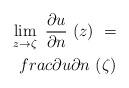
LaTeX: \begin{align*} \lim\limits_{z\to\zeta}\ \frac{\partial u}{\partial n}\ (z)\ =\\frac{\partial u}{\partial n}\ (\zeta)\end{align*}